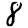
Digit: 8